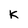
Character: k